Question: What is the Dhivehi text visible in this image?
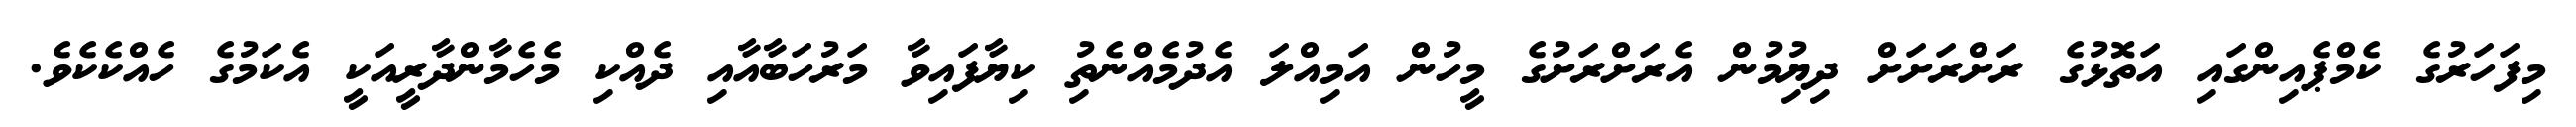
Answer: މިފަހަރުގެ ކެމްޕެއިންގައި އަތޮޅުގެ ރަށްރަށަށް ދިޔުިމުން އެރަށްރަށުގެ މީހުން އަމިއްލަ އެދުމެއްނެތިު ކިޔާފައިވާ މަރުހަބާއާއި ދެއްކި މެހެމާންދާރީއަކީ އެކަމުގެ ހެއްކެކެވެ.